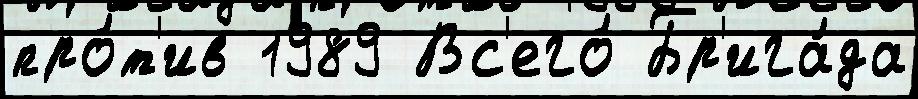
про́т'ив 1989 Вс'его́ Бр'ига́да